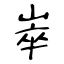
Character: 崒